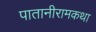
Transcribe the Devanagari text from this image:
पातानीरामकथा